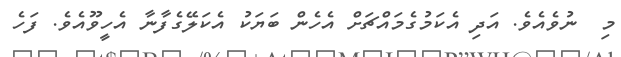
މި  ނުވެއެވެ. އަދި އެކަމުގެމައްޗަށް އެހެން ބަޔަކު އެކަލޭގެފާނާ އެހީވޫއެވެ. ފަހެ